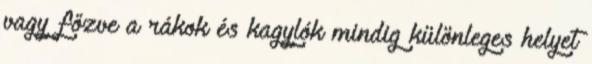
vagy főzve a rákok és kagylók mindig különleges helyet